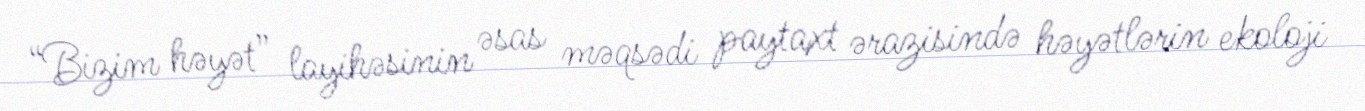
“Bizim həyət” layihəsinin əsas məqsədi paytaxt ərazisində həyətlərin ekoloji